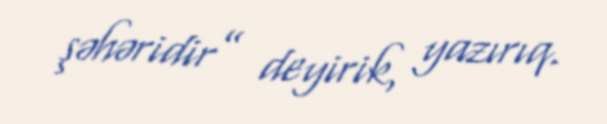
şəhəridir” deyirik, yazırıq.